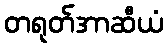
တရုတ်အာဆီယံ